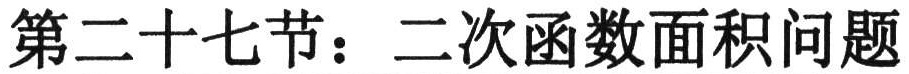
第二十七节：二次函数面积问题